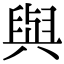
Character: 與